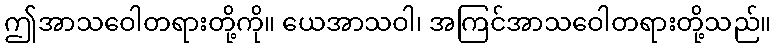
ဤအာသဝေါတရားတို့ကို။ ယေအာသဝါ၊ အကြင်အာသဝေါတရားတို့သည်။